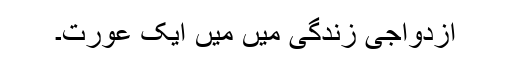
ازدواجی زندگی میں میں ایک عورت۔